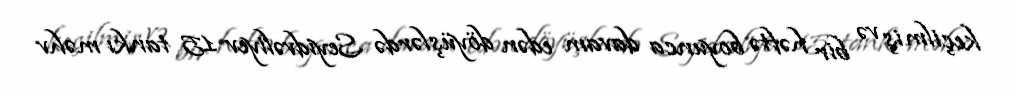
keçilmiş və bir həftə boyunca davam edən döyüşlərdə Seyidvəliyev 15 tankı məhv